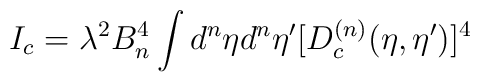
I_c = \lambda^2 B_n^4 \int d^n{\eta}d^n{\eta'} [D_{c}^{(n)}(\eta,{\eta}') ]^4